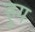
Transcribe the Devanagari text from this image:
हुग